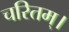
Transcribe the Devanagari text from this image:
चरितम्।